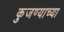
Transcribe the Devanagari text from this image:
कुजण्याच्या